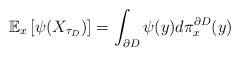
LaTeX: \begin{align*} \mathbb{E}_x\left[\psi(X_{\tau_{D}})\right]=\int_{\partial D}\psi(y)d\pi_x^{\partial D}(y)\end{align*}